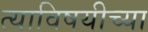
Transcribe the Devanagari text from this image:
त्याविषयीच्या